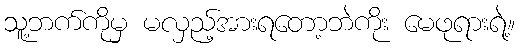
သူ့ဘက်ကိုမှ မလှည့်အားရတော့ဘဲကိုး မေဖုရားရဲ့။